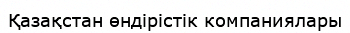
Қазақстан өндірістік компаниялары